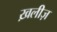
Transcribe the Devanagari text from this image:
ख़लीज़